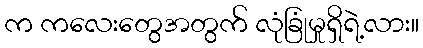
က ကလေးတွေအတွက် လုံခြုံမှုရှိရဲ့လား။